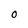
Character: O